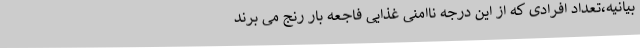
بیانیه،تعداد افرادی که از این درجه ناامنی غذایی فاجعه بار رنج می برند